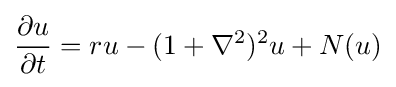
{\frac {\partial u}{\partial t}}=ru-(1+\nabla ^{2})^{2}u+N(u)